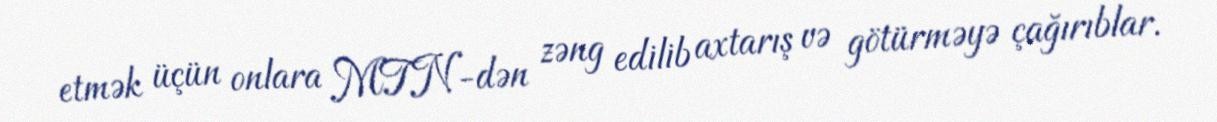
etmək üçün onlara MTN-dən zəng edilib axtarış və götürməyə çağırıblar.